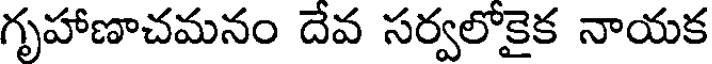
గృహాణాచమనం దేవ సర్వలోకైక నాయక